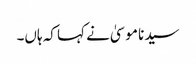
سیدنا موسیٰ نے کہا کہ ہاں۔